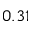
0 . 3 1